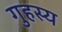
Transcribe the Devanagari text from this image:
गुहस्य